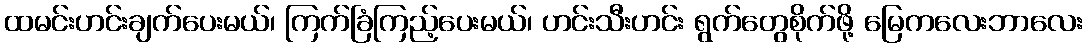
ထမင်းဟင်းချက်ပေးမယ်၊ ကြက်ခြံကြည့်ပေးမယ်၊ ဟင်းသီးဟင်း ရွက်တွေစိုက်ဖို့ မြေကလေးဘာလေး